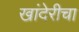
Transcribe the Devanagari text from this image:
खांदेरीचा